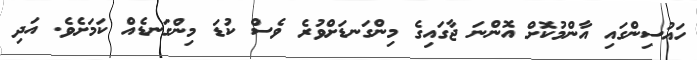
ހައުސިންގައި އާންމުކޮށް އޮންނަ ޖާގައިގެ މިންގަނޑަށްވުރެ ވެސް ކުޑަ މިންގަނޑެއް ކަމަށެވެ. އަދި